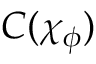
C ( \chi _ { \phi } )